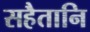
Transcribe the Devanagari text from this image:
सहैतानि